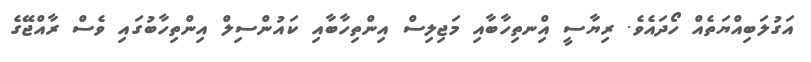
އަގުލަބިއްޔަތެެއް ހޯދައެވެ. ރިޔާސީ އިްނތިހާބާއި މަޖިލިސް އިންތިހާބާއި ކައުންސިލް އިންތިހާބުގައި ވެސް ރާއްޖޭގެ